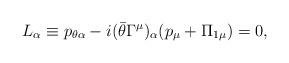
LaTeX: \begin{align*}L_\alpha\equiv p_{\theta\alpha}-i(\bar\theta\Gamma^\mu)_\alpha(p_\mu+\Pi_{1\mu})=0,\end{align*}